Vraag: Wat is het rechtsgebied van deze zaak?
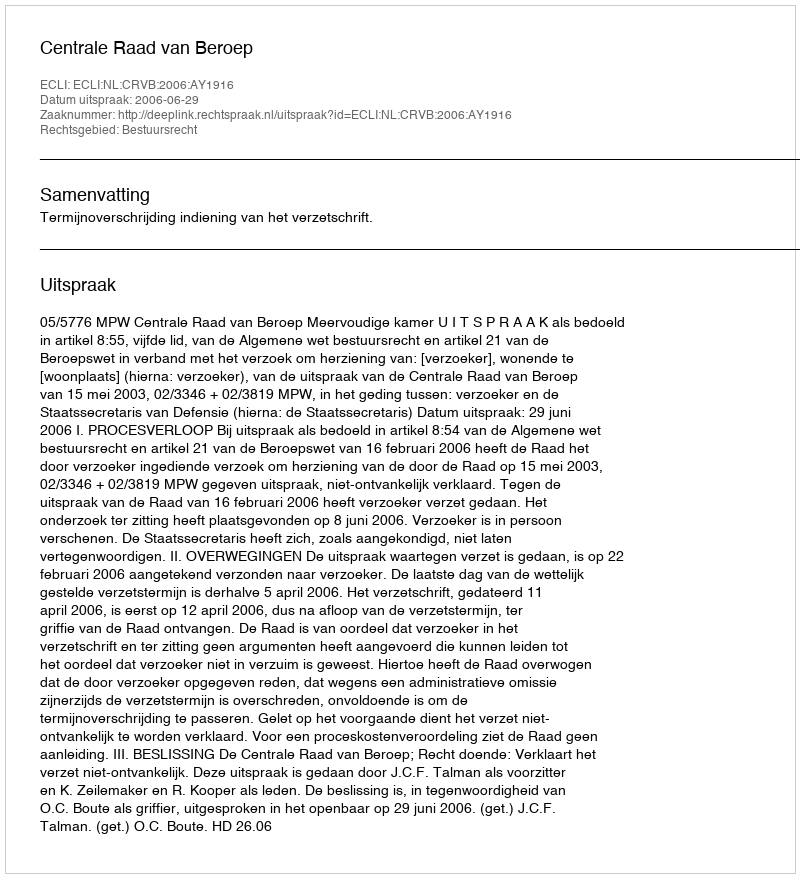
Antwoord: Bestuursrecht